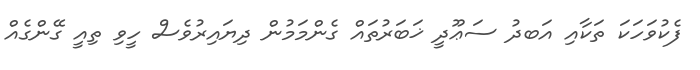
ފެކުވަހަކަ ތަކާއި އަބދު ސަޢޫދީ ޚަބަރުތައް ގެންމަމުން ދިޔައިރުވެސް ހީވި ތިއީ ގޭންގެއް